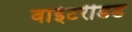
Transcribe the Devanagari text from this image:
वाईटरीडड